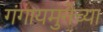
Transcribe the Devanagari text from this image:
गंगायमुनेच्या